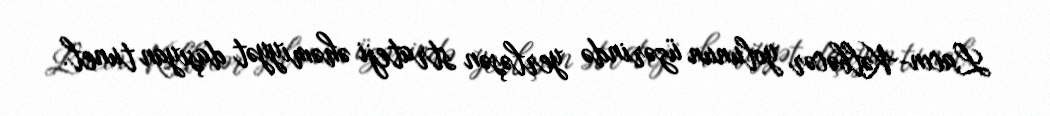
Lacın-Kəlbəcər yolunun üzərində yerləşən strateji əhəmiyyət daşıyan tunel.